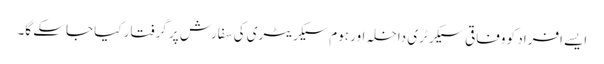
ایسے افراد کو وفاقی سیکرٹری داخلہ اور ہوم سیکریٹری کی سفارش پر گرفتار کیا جاسکے گا۔